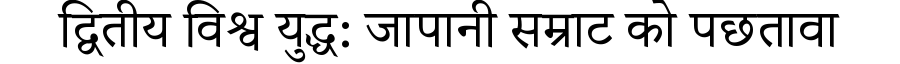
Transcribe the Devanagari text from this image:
द्वितीय विश्व युद्ध: जापानी सम्राट को पछतावा